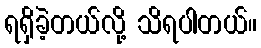
ရရှိခဲ့တယ်လို့ သိရပါတယ်။